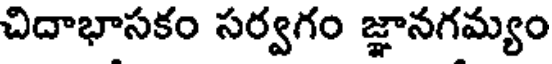
చిదాభాసకం సర్వగం జ్ఞానగమ్యం